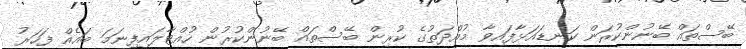
ބޭސްތައް ބޭނުންކުރަން ކަނޑައަޅާފައިވާ މުއްދަތުގެ ކުރިން ބޭސްތައް ބޭނުންކުރުން ހުއްޓާލައިފިނަމަ ބައެއް ފަހަރު